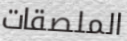
الملصقات